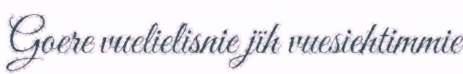
Goere vuelielisnie jïh vuesiehtimmie